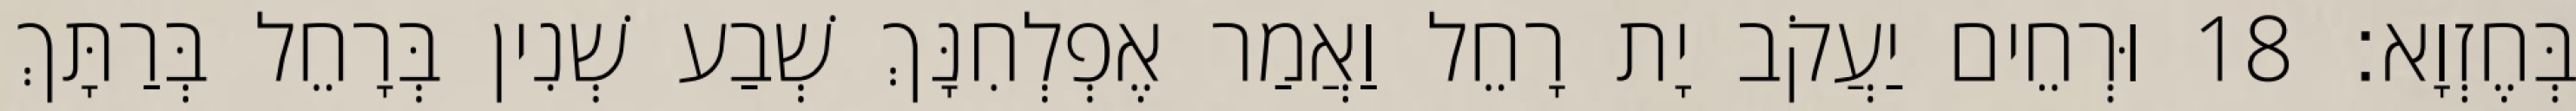
בְּחֶזְוָא׃ 18 וּרְחֵים יַעֲקֹב יָת רָחֵל וַאֲמַר אֶפְלְחִנָּךְ שְׁבַע שְׁנִין בְּרָחֵל בְּרַתָּךְ